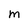
Character: M